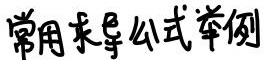
常用求导公式举例